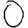
Digit: 0